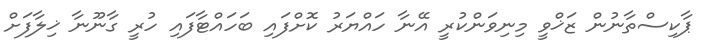
ޕާކިސްތާނުން ޒަޚްވީ މިނިވަންކުރީ އޭނާ ހައްޔަރު ކޮށްފައި ބަހައްޓާފައި ހުރީ ގާނޫނާ ޚިލާފަށް